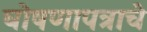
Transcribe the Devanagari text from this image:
घोषणापत्राचे